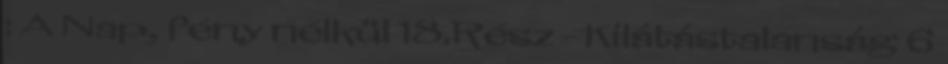
: A Nap, fény nélkül 18.Rész - Kilátástalanság 6